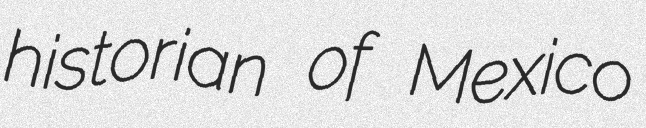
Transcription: historian of Mexico